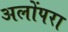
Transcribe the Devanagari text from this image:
अलोंपरा